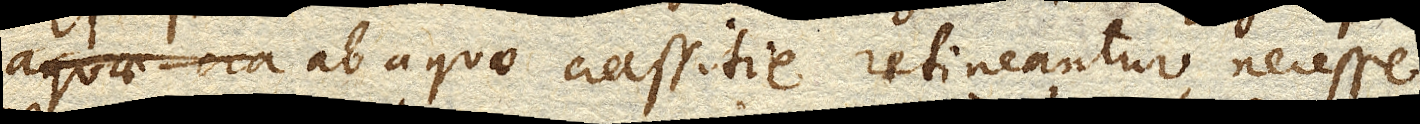
ab aquae crassitie retineantur, necesse